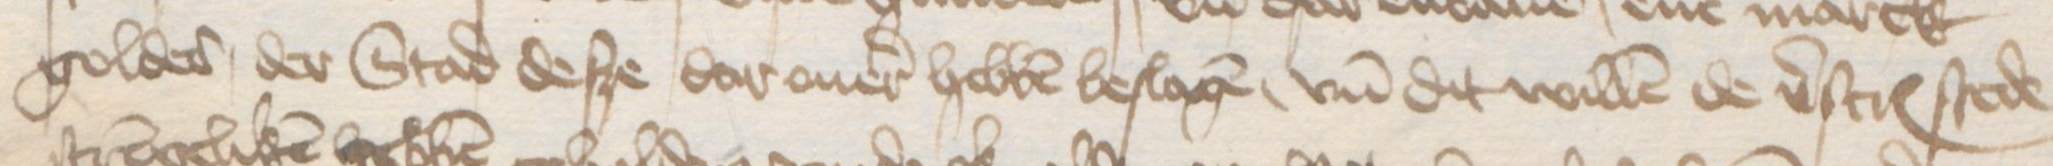
goldes der Stad desze dar ouer hebben beslagen, vnd dit willen de verscreuenen stede